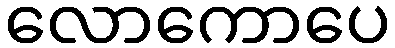
လောကောပေ